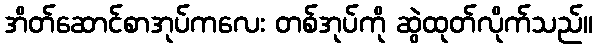
အိတ်ဆောင်စာအုပ်ကလေး တစ်အုပ်ကို ဆွဲထုတ်လိုက်သည်။